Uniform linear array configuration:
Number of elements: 32
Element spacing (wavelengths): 0.25
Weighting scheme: uniform
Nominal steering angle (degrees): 45
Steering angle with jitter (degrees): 43.93
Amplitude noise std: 0.05
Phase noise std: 0.05

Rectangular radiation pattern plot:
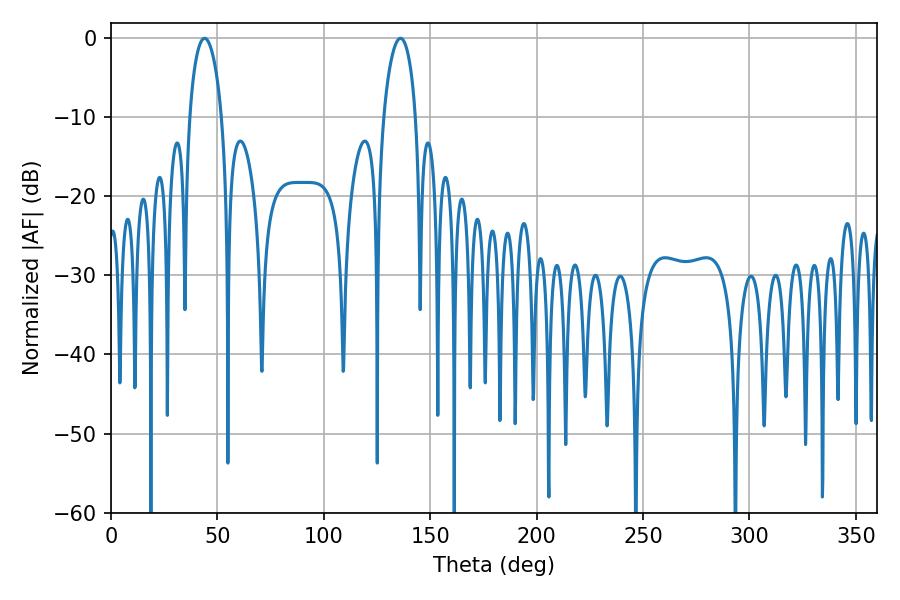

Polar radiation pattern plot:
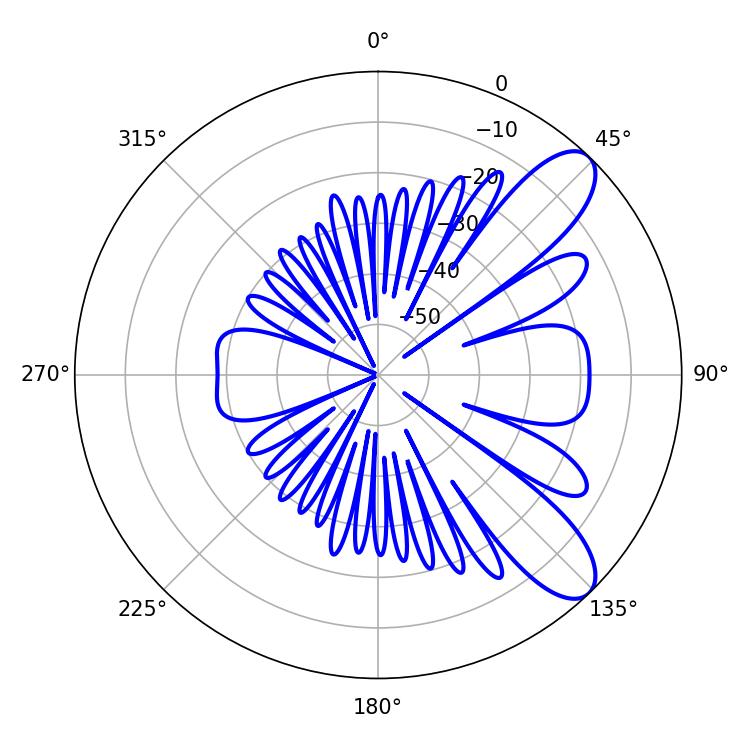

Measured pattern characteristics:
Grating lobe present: FALSE
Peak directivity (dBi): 9.199
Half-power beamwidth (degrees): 8.64
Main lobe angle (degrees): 43.92